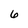
Character: 6